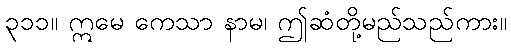
၃၁၁။ ဣမေ ကေသာ နာမ၊ ဤဆံတို့မည်သည်ကား။